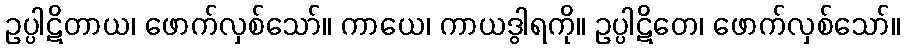
ဥပ္ပါဋိတာယ၊ ဖောက်လှစ်သော်။ ကာယေ၊ ကာယဒွါရကို။ ဥပ္ပါဋိတေ၊ ဖောက်လှစ်သော်။